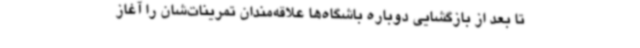
تا بعد از بازگشایی دوباره باشگاه‌ها علاقه‌مندان تمرینات‌شان را آغاز